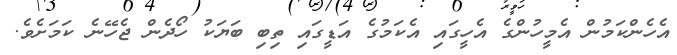
އެހެންކަމުން އެމީހުންގެ އެހީގައި އެކަމުގެ އަޑީގައި ތިބި ބަޔަކު ހޯދެން ޖެހޭނެ ކަމަށެވެ.